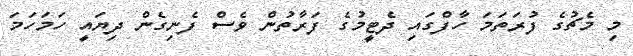
މި މެޗުގެ ފުރަތަމަ ހާފްގައި ދެޓީމުގެ ފަރާތުން ވެސް ފެނިގެން ދިޔައީ ހަމަހަމަ